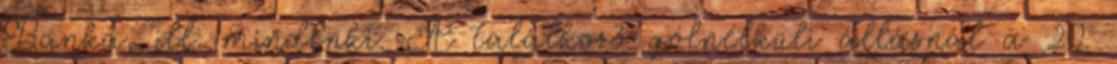
Banka, ill. mindenki. A találkozó gólnélküli állásnál a 20.